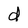
Character: d